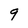
Character: q